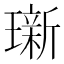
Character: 𬎖